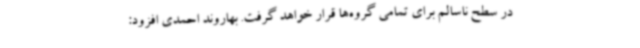
در سطح ناسالم برای تمامی گروه‌ها قرار خواهد گرفت. بهاروند احمدی افزود: